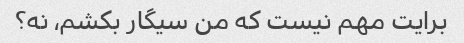
برایت مهم نیست که من سیگار بکشم، نه؟